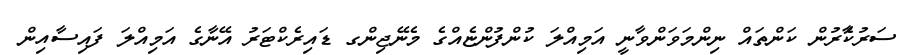
ސަރުކާެރުން ކަންތައް ނިންމަވަންވާނީ އަމިއްލަ ކުންފުންޏެއްގެ މެނޭޖިންގ ޑައިރެކްޓަރު އޭނާގެ އަމިއްލަ ފައިސާއިން